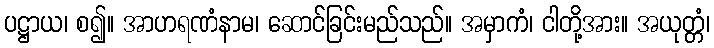
ပဋ္ဌာယ၊ စ၍။ အာဟရဏံနာမ၊ ဆောင်ခြင်းမည်သည်။ အမှာကံ၊ ငါတို့အား။ အယုတ္တံ၊